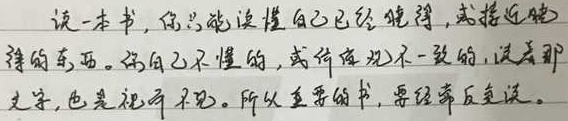
读一本书，你只能读懂自己已经懂得，或接近懂得的东西。你自己不懂的，或体悟况不一致的，读着那文字，也是视而不见。所以重要的书，要经常反复读。